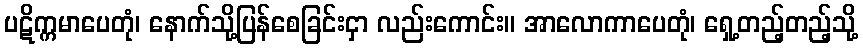
ပဋိက္ကမာပေတုံ၊ နောက်သို့ပြန်စေခြင်းငှာ လည်းကောင်း။ အာလောကာပေတုံ၊ ရှေ့တည့်တည့်သို့